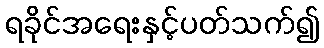
ရခိုင်အရေးနှင့်ပတ်သက်၍